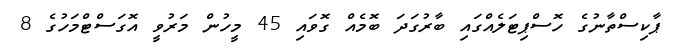
ޕާކިސްތާނުގެ ހޮސްޕިޓަލެއްގައި ބާރުގަދަ ބޮމެއް ގޮވައި 45 މީހުން މަރުވީ އޮގަސްޓްމަހުގެ 8